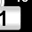
Digit: 1